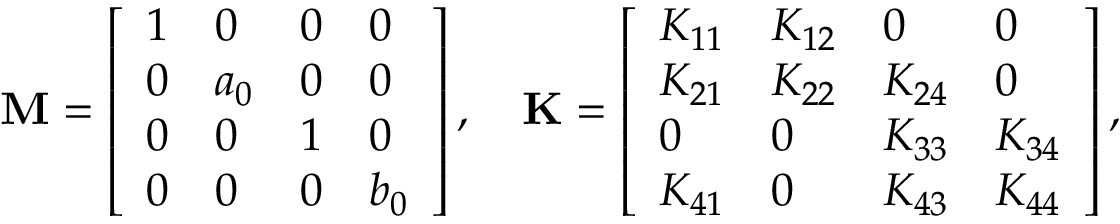
\mathbf { M } = \left[ \begin{array} { l l l l } { 1 } & { 0 } & { 0 } & { 0 } \\ { 0 } & { a _ { 0 } } & { 0 } & { 0 } \\ { 0 } & { 0 } & { 1 } & { 0 } \\ { 0 } & { 0 } & { 0 } & { b _ { 0 } } \end{array} \right] , \ \ \ \mathbf { K } = \left[ \begin{array} { l l l l } { K _ { 1 1 } } & { K _ { 1 2 } } & { 0 } & { 0 } \\ { K _ { 2 1 } } & { K _ { 2 2 } } & { K _ { 2 4 } } & { 0 } \\ { 0 } & { 0 } & { K _ { 3 3 } } & { K _ { 3 4 } } \\ { K _ { 4 1 } } & { 0 } & { K _ { 4 3 } } & { K _ { 4 4 } } \end{array} \right] ,